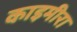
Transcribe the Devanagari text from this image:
काइमीरा